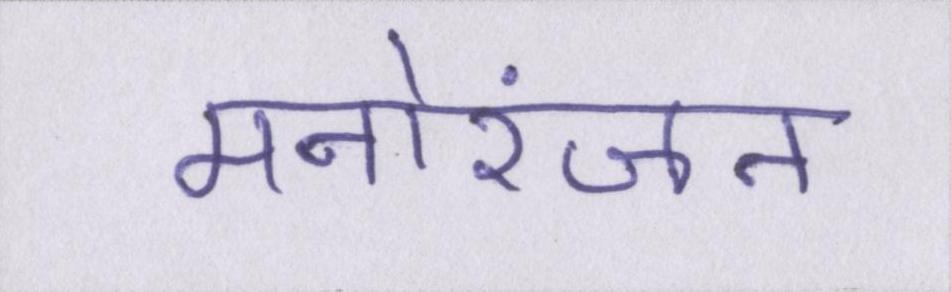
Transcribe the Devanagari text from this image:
मनोरंजन